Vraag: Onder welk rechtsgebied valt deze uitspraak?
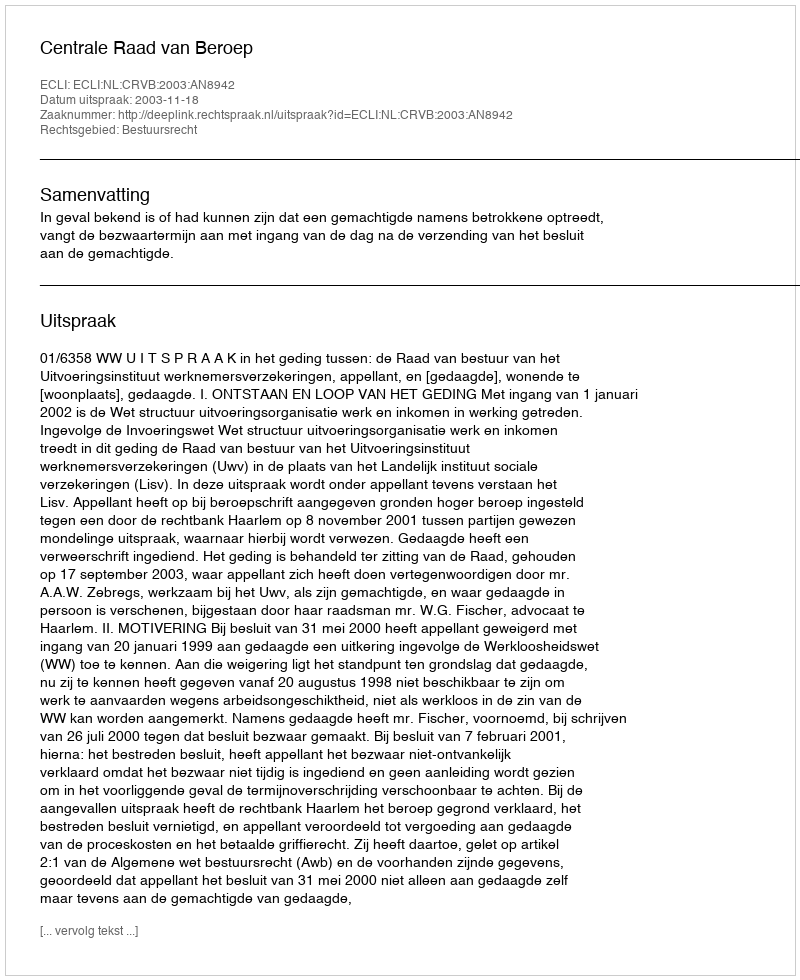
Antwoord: Bestuursrecht